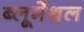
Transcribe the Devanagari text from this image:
ब्लूमेंथल